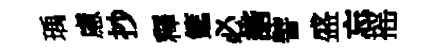
瑀慮抄釋筵必諧譬盛忘摇